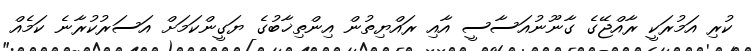
ކުރި އަމުރަކީ ރާއްޖޭގެ ގާނޫނުއަސާސީ އާއި ރައްޔިތުން އިންތިޚާބުގެ ޔަގީންކަމަށް އަސަރުކުރާނެ ކަމެއް